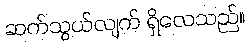
ဆက်သွယ်လျက် ရှိလေသည်။